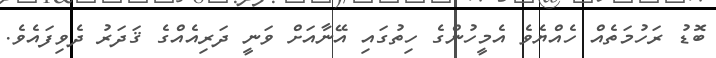
ބޮޑު ރަހުމަތެއް ހެއްޔެވެ އެމީހުންގެ ހިތުގައި އޭނާއަށް ވަނީ ދަރިއެއްގެ ޤަދަރު ދެވިފައެވެ.